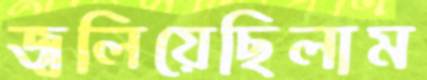
জ্বলিয়েছিলাম